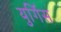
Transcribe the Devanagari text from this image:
युर्गिस